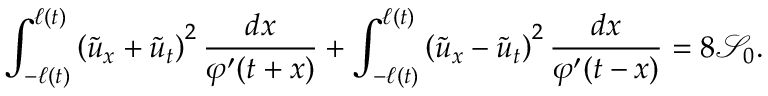
\int _ { - \ell \left( t \right) } ^ { \ell \left( t \right) } \left( \tilde { u } _ { x } + \tilde { u } _ { t } \right) ^ { 2 } \frac { d x } { \varphi ^ { \prime } ( t + x ) } + \int _ { - \ell \left( t \right) } ^ { \ell \left( t \right) } \left( \tilde { u } _ { x } - \tilde { u } _ { t } \right) ^ { 2 } \frac { d x } { \varphi ^ { \prime } ( t - x ) } = 8 \mathcal { S } _ { 0 } .